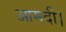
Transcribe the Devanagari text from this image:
आमदी।